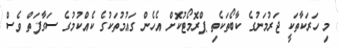
މި ހަރަކާތަކީ ޖަރުމަނުގެ ކާބޯތަކެތި ޕްރޮމޯޓުކޮށް އެހެން ގައުމުތަކުގެ ކެއްކުމުގެ ސަގާފަތް ވެސް